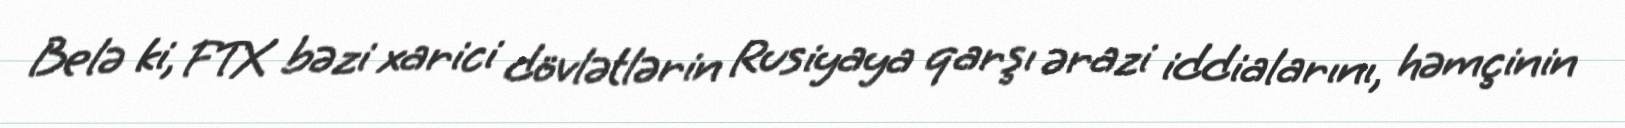
Belə ki, FTX bəzi xarici dövlətlərin Rusiyaya qarşı ərazi iddialarını, həmçinin